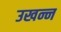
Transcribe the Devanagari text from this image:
उखन्न